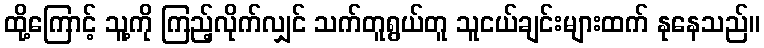
ထို့ကြောင့် သူ့ကို ကြည့်လိုက်လျှင် သက်တူရွယ်တူ သူငယ်ချင်းများထက် နုနေသည်။